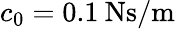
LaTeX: c_{0}=0.1\: \mathrm{Ns/m}